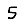
Digit: 5